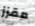
مقزز